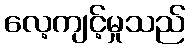
လေ့ကျင့်မှုသည်